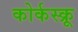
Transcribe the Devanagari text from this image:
कोर्कस्क्रू